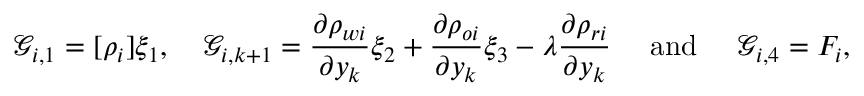
\mathcal { G } _ { i , 1 } = [ \rho _ { i } ] \xi _ { 1 } , \quad \mathcal { G } _ { i , k + 1 } = \frac { \partial \rho _ { w i } } { \partial y _ { k } } \xi _ { 2 } + \frac { \partial \rho _ { o i } } { \partial y _ { k } } \xi _ { 3 } - \lambda \frac { \partial \rho _ { r i } } { \partial y _ { k } } \quad \mathrm { ~ a n d ~ } \quad \mathcal { G } _ { i , 4 } = F _ { i } ,